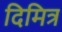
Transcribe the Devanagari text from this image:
दिमित्र